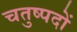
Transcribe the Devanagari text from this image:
चतुष्पदों